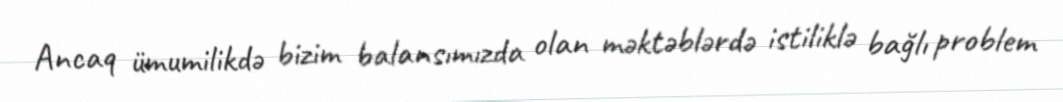
Ancaq ümumilikdə bizim balansımızda olan məktəblərdə istiliklə bağlı problem